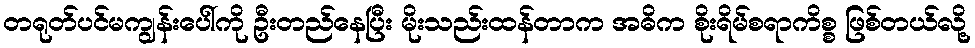
တရုတ်ပင်မကျွန်းပေါ်ကို ဦးတည်နေပြီး မိုးသည်းထန်တာက အဓိက စိုးရိမ်စရာကိစ္စ ဖြစ်တယ်လို့